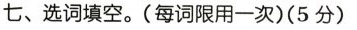
七、选词填空.(每词限用一次)(5 分)